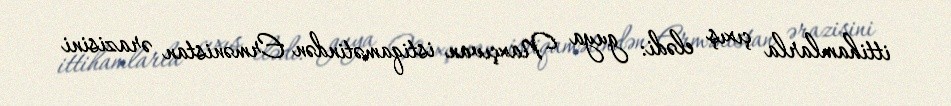
ittihamlarla çıxış elədi: guya Naxçıvan istiqamətindən Ermənistan ərazisini